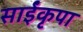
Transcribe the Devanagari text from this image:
साईंकृपा